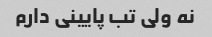
نه ولی تب پایینی دارم